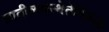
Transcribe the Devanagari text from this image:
जातीव्यवस्थेतेविरूद्ध